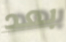
بعد